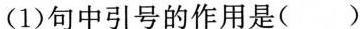
(1)句中引号的作用是( )